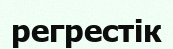
регрестік